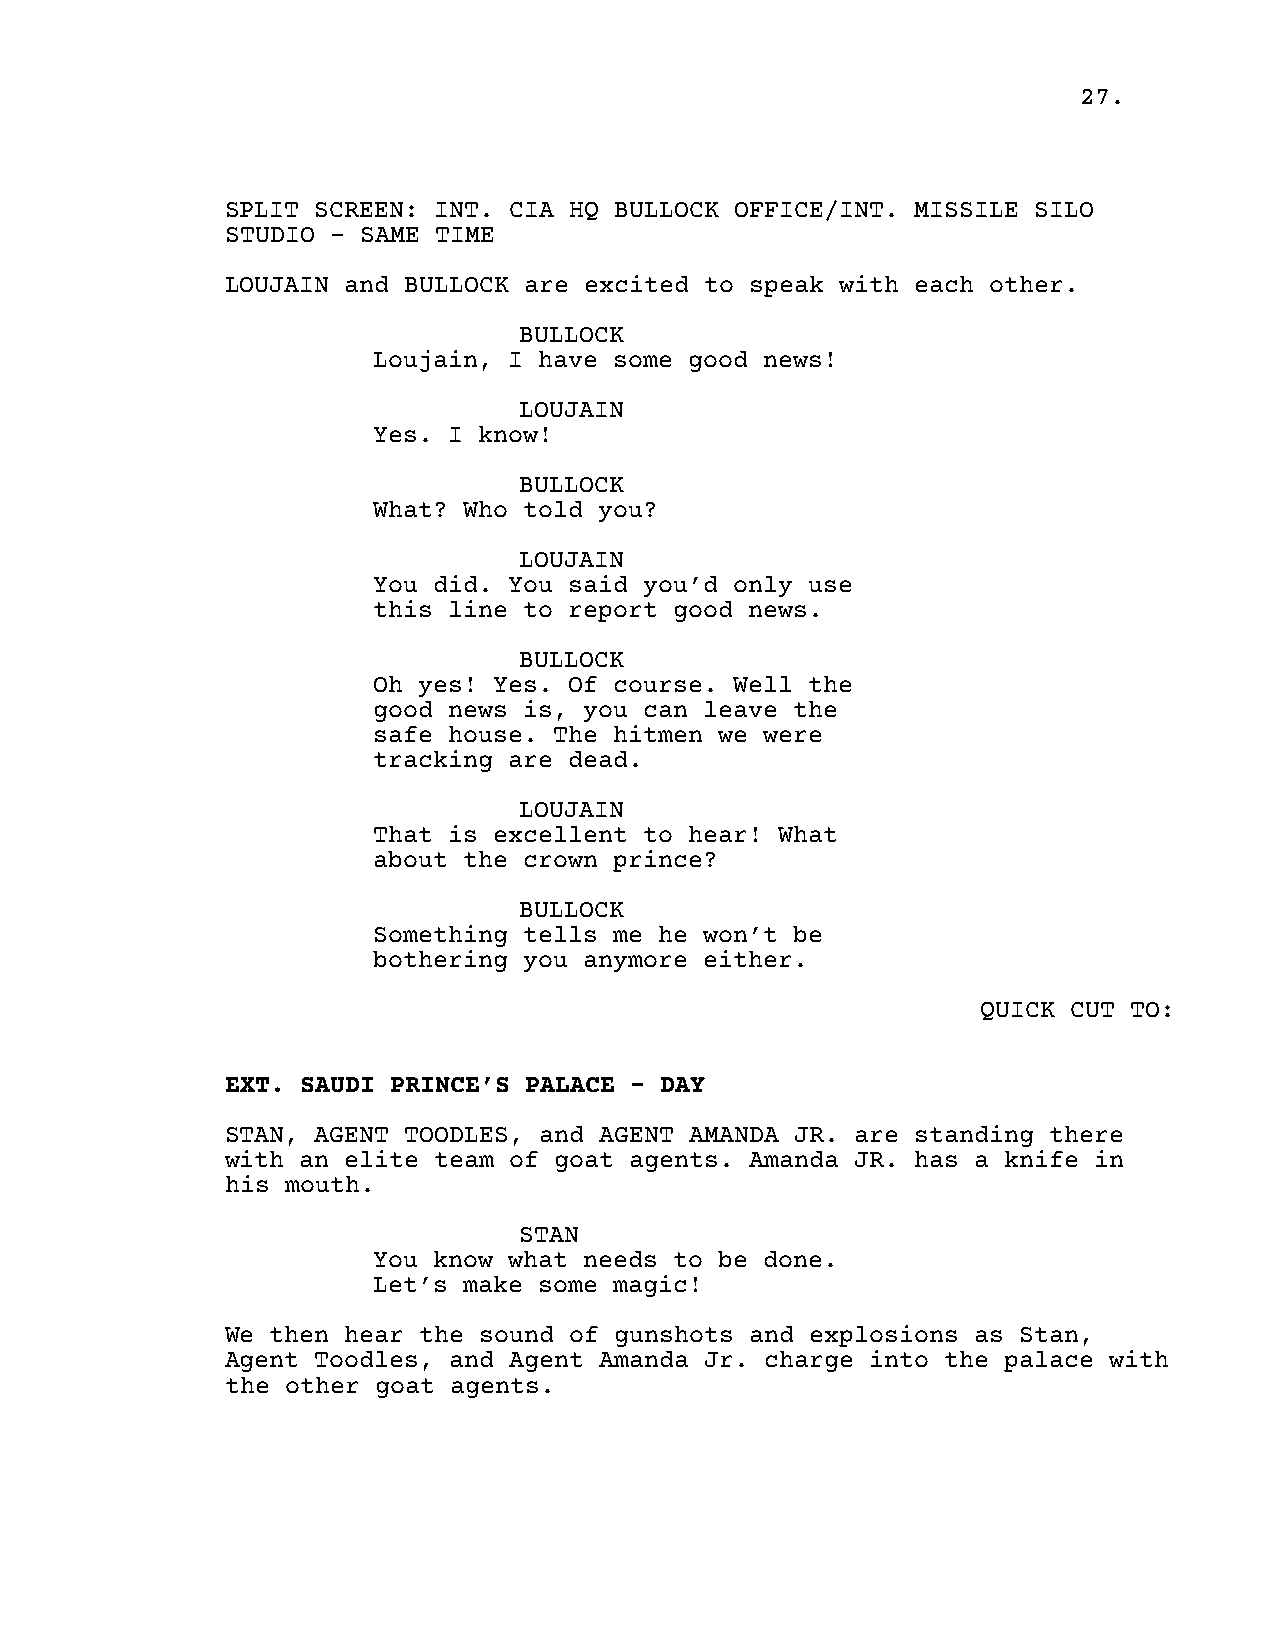
27.
 SPLIT SCREEN: INT. CIA HQ BULLOCK OFFICE/INT. MISSILE SILO
 STUDIO - SAME TIME
 LOUJAIN and BULLOCK are excited to speak with each other.
 BULLOCK
 Loujain, I have some good news!
 LOUJAIN
 Yes. I know!
 BULLOCK
 What? Who told you?
 LOUJAIN
 You did. You said you’d only use
 this line to report good news.
 BULLOCK
 Oh yes! Yes. Of course. Well the
 good news is, you can leave the
 safe house. The hitmen we were
 tracking are dead.
 LOUJAIN
 That is excellent to hear! What
 about the crown prince?
 BULLOCK
 Something tells me he won’t be
 bothering you anymore either.
 QUICK CUT TO:
 EXT. SAUDI PRINCE’S PALACE - DAY
 STAN, AGENT TOODLES, and AGENT AMANDA JR. are standing there
 with an elite team of goat agents. Amanda JR. has a knife in
 his mouth.
 STAN
 You know what needs to be done.
 Let’s make some magic!
 We then hear the sound of gunshots and explosions as Stan,
 Agent Toodles, and Agent Amanda Jr. charge into the palace with
 the other goat agents.